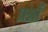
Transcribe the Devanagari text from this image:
प्रश्नोँ